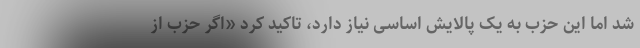
شد اما این حزب به یک پالایش اساسی نیاز دارد، تاکید کرد «اگر حزب از